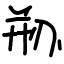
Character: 剙